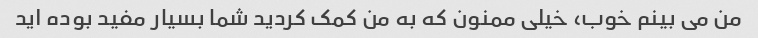
من می بینم خوب، خیلی ممنون که به من کمک کردید شما بسیار مفید بوده اید